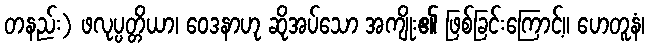
တနည်း) ဖလုပ္ပတ္တိယာ၊ ဝေဒနာဟု ဆိုအပ်သော အကျိုး၏ ဖြစ်ခြင်းကြောင့်။ ဟေတူနံ၊